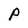
Character: P